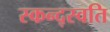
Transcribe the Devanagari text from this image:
स्कन्द्स्वति